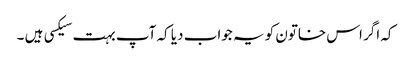
کہ اگر اس خاتون کو یہ جواب دیا کہ آپ بہت سیکسی ہیں ۔